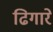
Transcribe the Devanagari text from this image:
ढिगारे